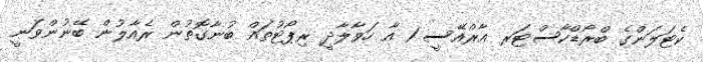
ކެޓަލަންގެ ބްރޯޑްކާސްޓަރ އާރްއޭސީ 1 އާ ހަވާލާދީ ރިޕޯޓުތައް ބުނާގޮތުން ރެއާލުން ބޭނުންވަނީ